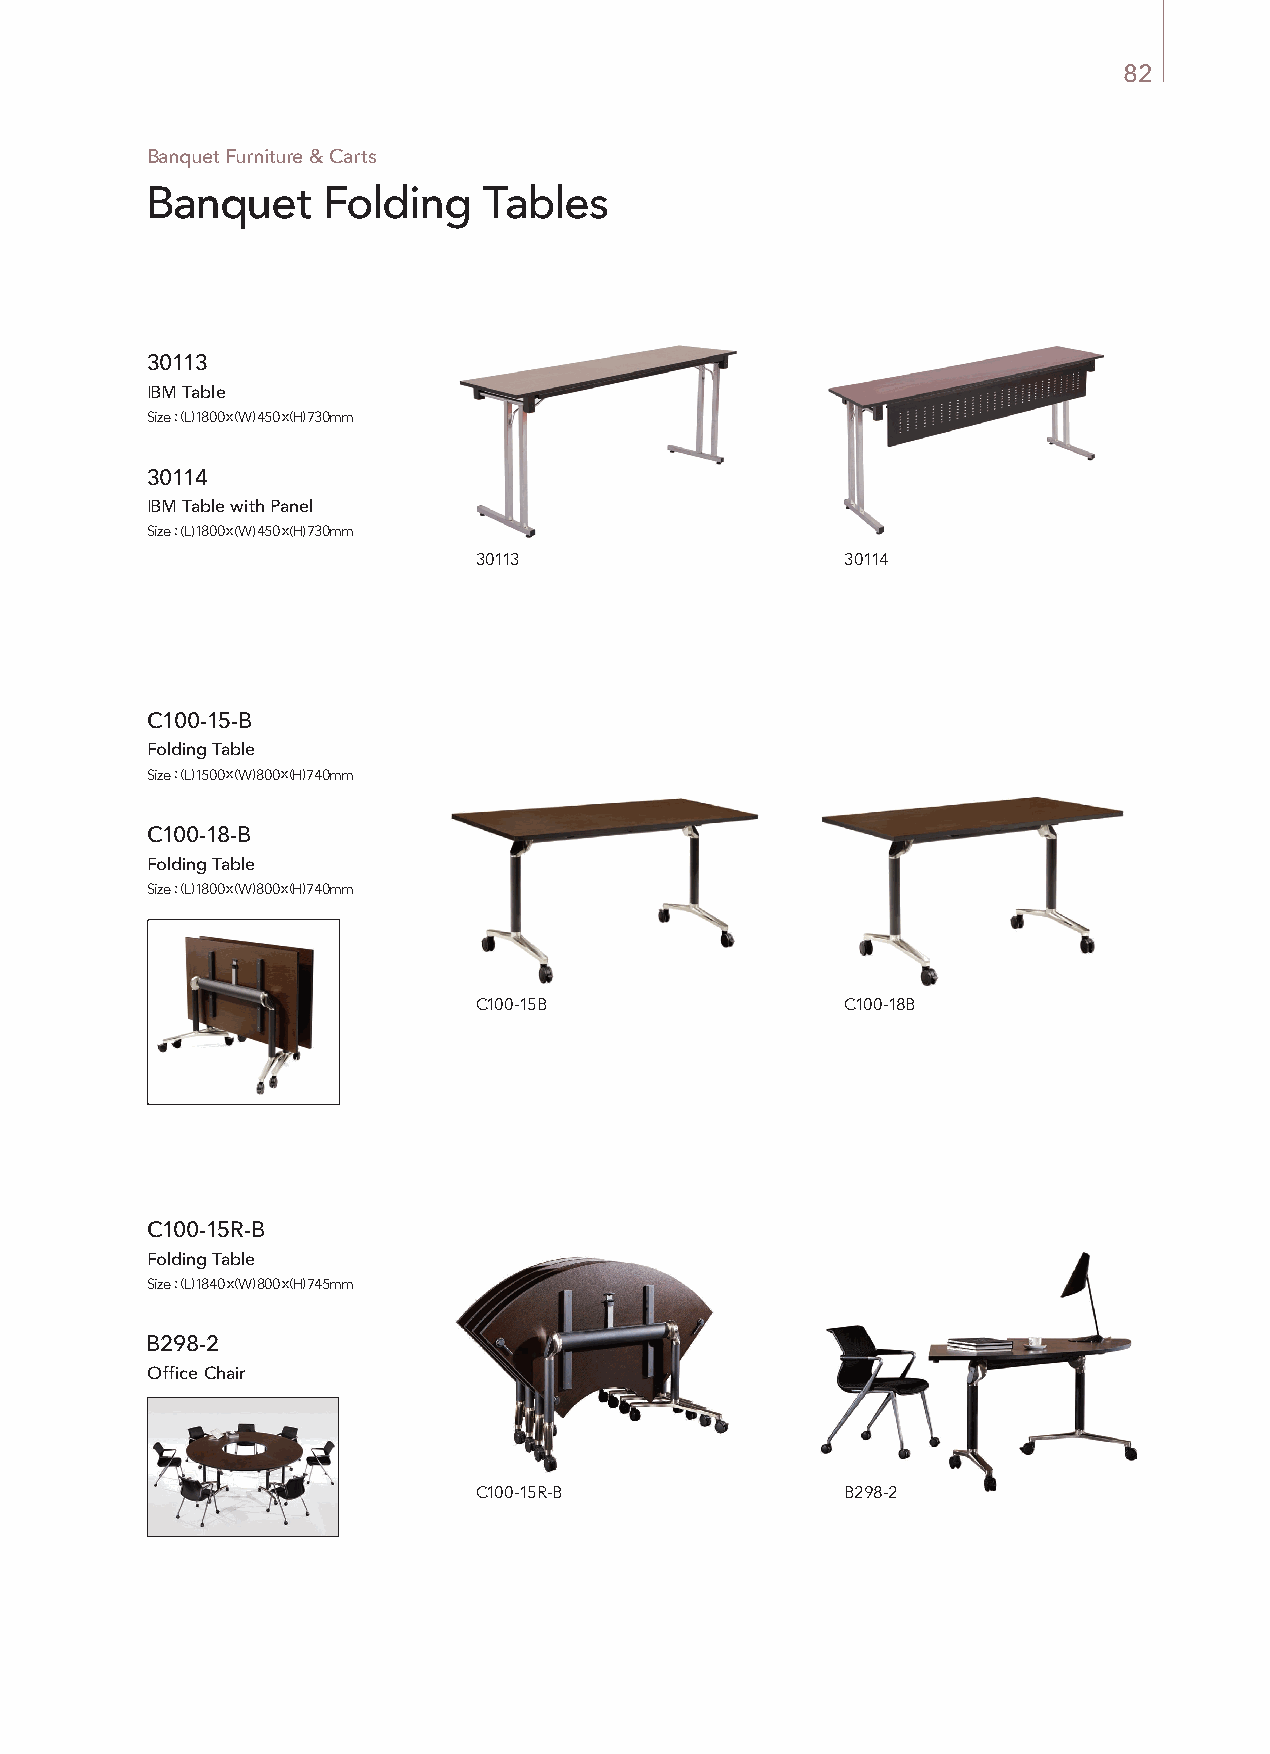
82
 Banquet Furniture & Carts
 Banquet    Folding    Tables
 30113
 IBM Table
 Size : (L) 1800 x (W) 450 x (H) 730mm
 30114
 IBM Table with Panel
 Size : (L) 1800 x (W) 450 x (H) 730mm
 30113                    30114
 C100-15-B
 Folding Table
 Size : (L) 1500 x (W) 800 x (H) 740mm
 C100-18-B
 Folding Table
 Size : (L) 1800 x (W) 800 x (H) 740mm
 C100-15B                 C100-18B
 C100-15R-B
 Folding Table
 Size : (L) 1840 x (W) 800 x (H) 745mm
 B298-2
 Office Chair
 C100-15R-B               B298-2